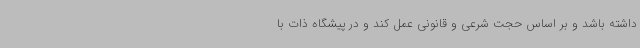
داشته باشد و بر اساس حجت شرعی و قانونی عمل کند و در پیشگاه ذات با